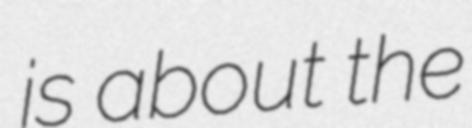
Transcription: is about the